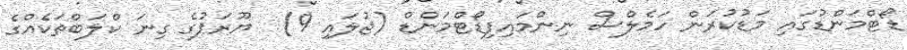
ޑޯޓްމަންޑުގައި މަޑުކުރަން ހަމެލްސް ނިންމައިފިޑޯޓްމަންޑް (ޖުލައި 9)  ޔޫރަޕުގެ ގިނަ ކްލަބްތަކެއްގެ